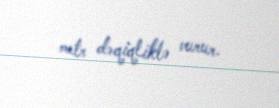
metr dəqiqliklə vurur.